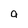
Character: a